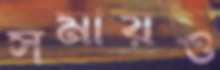
সমায়ও